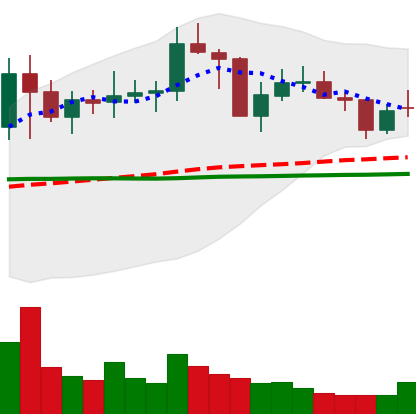
Ticker: NEO-USD
Chart end date: 2021-01-29
Forward return: 9.113%
Label: up_7plus